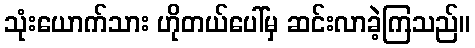
သုံးယောက်သား ဟိုတယ်ပေါ်မှ ဆင်းလာခဲ့ကြသည်။